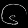
Digit: ၆